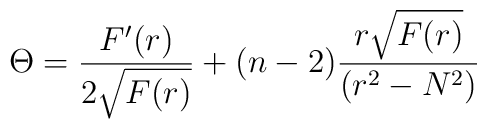
\Theta =\frac{F^{\prime }(r)}{2\sqrt{F(r)}}+(n-2)\frac{r\sqrt{F(r)}}{(r^{2}-N^{2})}